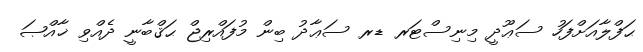
ޙަފްލާއަށްފަހު ސަޢޫދީ މިނިސްޓަރ ޑރ ސަޢާދު ބިން މުފައްރިޖް ޙަޤްބާނީ ދެއްވި ޚާއްޞަ